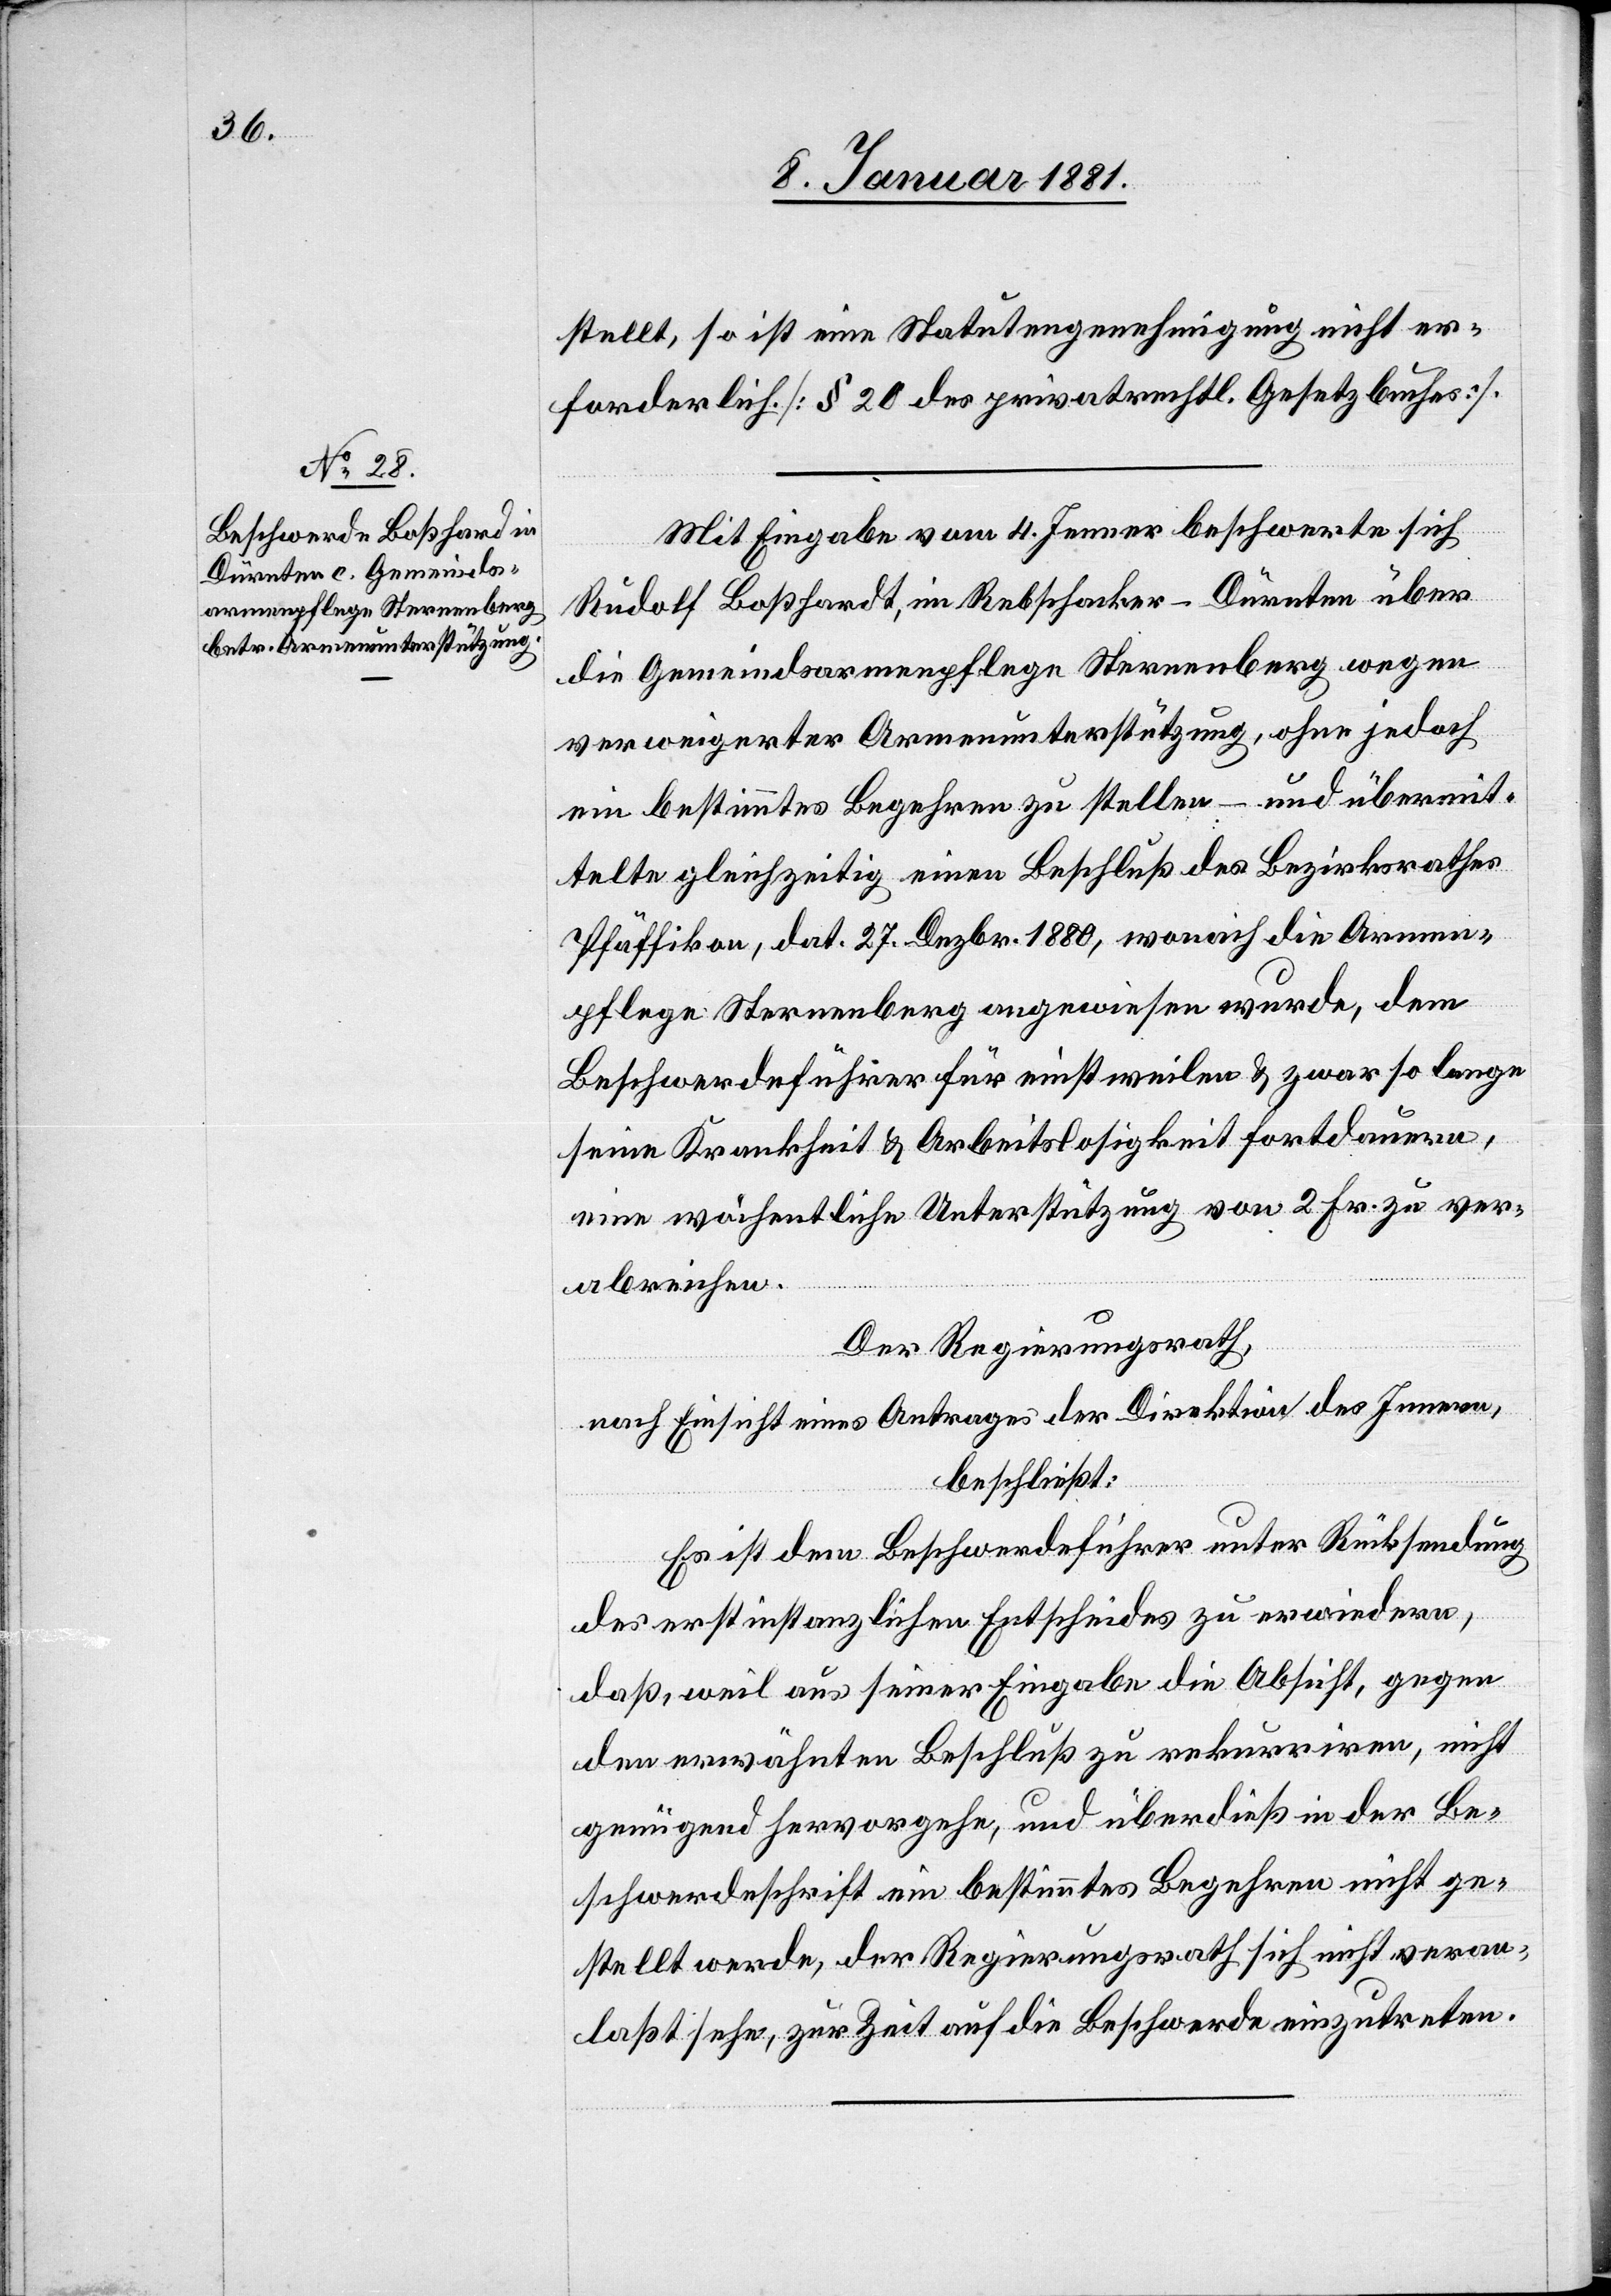
stellt, so ist eine Statutengenehmigung nicht er¬
forderlich [§ 20 des privatrechtl. Gesetzbuches].
Mit Eingabe vom 4. Jenner beschwerte sich
Rudolf Boßhardt, in Rebschacker - Dürnten über
die Gemeindsarmenpflege Sternenberg wegen
verweigerter Armenunterstützung, ohne jedoch
ein bestimmtes Begehren zu stellen – und übermit¬
telte gleichzeitig einen Beschluß des Bezirksrathes
Pfäffikon, dat. 27. Dezbr. 1880, wonach die Armen¬
pflege Sternenberg angewiesen wurde, dem
Beschwerdeführer für einstweilen & zwar so lange
seine Krankheit & Arbeitslosigkeit fortdauern,
eine wöchentliche Unterstützung von 2 Fr. zu ver¬
abreichen.
Der Regierungsrath,
nach Einsicht eines Antrages der Direktion des Innern,
beschließt:
Es ist dem Beschwerdeführer unter Rücksendung
der erstinstanzlichen Entscheides zu erwiedern,
daß, weil aus seiner Eingabe die Absicht, gegen
den erwähnten Beschluß zu rekurriren, nicht
genügend hervorgehe, und überdieß in der Be¬
schwerdefrist ein bestimmtes Begehren nicht ge¬
stellt werde, der Regierungsrath sich nicht veran¬
laßt sehe, zur Zeit auf die Beschwerde einzutreten.